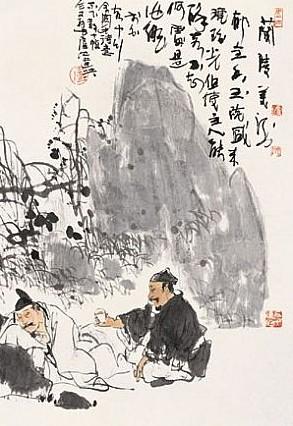
客自长安来，还归长安去。